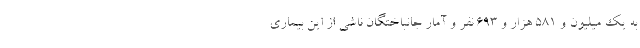
به یک میلیون و ۵۸۱ هزار و ۶۹۳ نفر و آمار جانباختگان ناشی از این بیماری